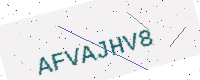
Text: AFVAJHV8